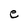
Character: e